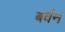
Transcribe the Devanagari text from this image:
बर्वन